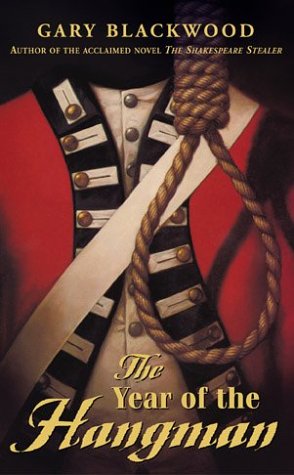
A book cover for The Year of the Hangman; Gary Blackwood; Teen & Young Adult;